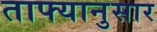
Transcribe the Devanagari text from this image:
ताफ्यानुसार